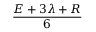
\frac { E + 3 \lambda + R } { 6 }